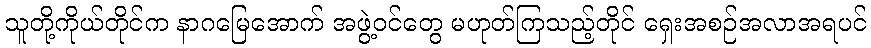
သူတို့ကိုယ်တိုင်က နာဂမြေအောက် အဖွဲ့ဝင်တွေ မဟုတ်ကြသည့်တိုင် ရှေးအစဉ်အလာအရပင်